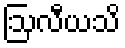
ဩလီယသိ